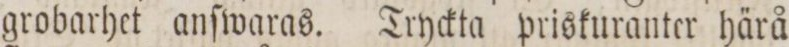
grobarhet anſwaras. Tryckta priskuranter härå